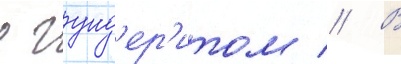
с гунд'ер'итом // В